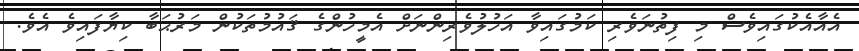
އެއާއެކުގައިވެސް މި ފިތުނަވެރި ކަމުގައިވާ އަހުލުވެރިންނަށް އެމީހުންގެ ޤައުމުތަކުން މަރުޙަބާ ކިޔާފައިވެ އެވެ.